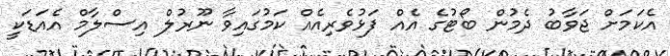
އެކަމަށް ޖަވާބު ދެމުން ބޯޓުގެ އެއް ފަޅުވެރިއެއް ކަމުގައިވާ ނޫރުލް އިސްލާމް އެއަޑަކީ